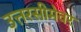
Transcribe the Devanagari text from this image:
उत्तरसीमेवर